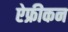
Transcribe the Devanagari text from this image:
ऐफ्रीकन